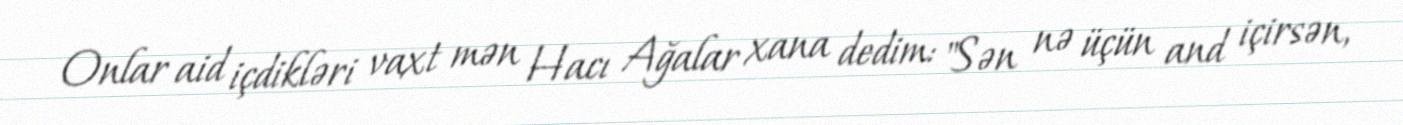
Onlar aid içdikləri vaxt mən Hacı Ağalar xana dedim: "Sən nə üçün and içirsən,